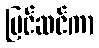
ပြင်ဆင်ကာ